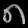
Digit: ၈